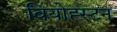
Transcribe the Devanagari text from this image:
वियोह्स्टन